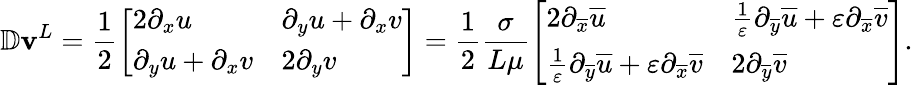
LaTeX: \mathbb{D}\mathbf{v}^{L}=\frac{1}{2}\left[\begin{array}{ll}{2\partial_{x}u}&{\partial_{y}u+\partial_{x}v}\\ {\partial_{y}u+\partial_{x}v}&{2\partial_{y}v}\end{array}\right]=\frac{1}{2}\frac{\sigma}{L\mu}\left[\begin{array}{ll}{2\partial_{\overline{{x}}}\overline{{u}}}&{\frac{1}{\varepsilon}\partial_{\overline{{y}}}\overline{{u}}+\varepsilon\partial_{\overline{{x}}}\overline{{v}}}\\ {\frac{1}{\varepsilon}\partial_{\overline{{y}}}\overline{{u}}+\varepsilon\partial_{\overline{{x}}}\overline{{v}}}&{2\partial_{\overline{{y}}}\overline{{v}}}\end{array}\right].